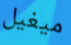
ميغيل